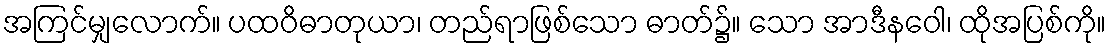
အကြင်မျှလောက်။ ပထဝိဓာတုယာ၊ တည်ရာဖြစ်သော ဓာတ်၌။ သော အာဒီနဝေါ၊ ထိုအပြစ်ကို။